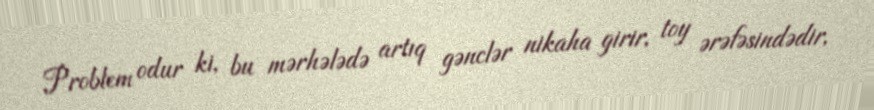
Problem odur ki, bu mərhələdə artıq gənclər nikaha girir, toy ərəfəsindədir,